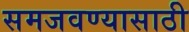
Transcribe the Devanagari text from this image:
समजवण्यासाठी